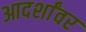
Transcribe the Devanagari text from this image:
आदर्शांवर